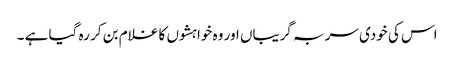
اس کی خودی سر بہ گریباں اور وہ خواہشوں کا غلام بن کر رہ گیا ہے ۔